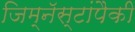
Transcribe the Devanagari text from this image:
जिम्नॅस्टांपैकी